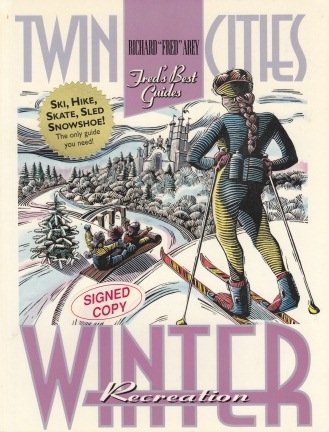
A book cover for Twin Cities Winter Recreation; Richard F. Arey; Travel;